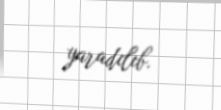
yaradılıb.